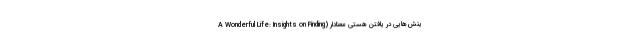
ینش‌هایی در یافتن هستی معنادار (A Wonderful Life: Insights on Finding